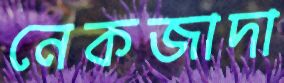
নেকজাদা